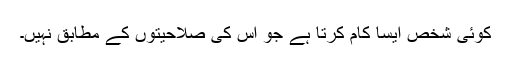
کوئی شخص ایسا کام کرتا ہے جو اس کی صلاحیتوں کے مطابق نہیں۔